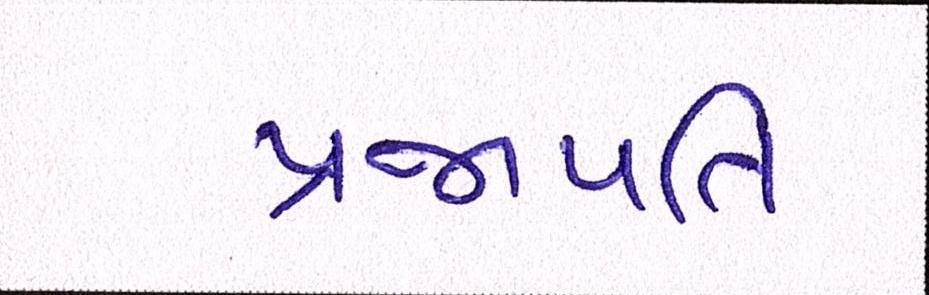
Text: પ્રજાપતિ